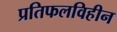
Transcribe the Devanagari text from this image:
प्रतिफलविहीन